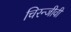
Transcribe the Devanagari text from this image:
चिरन्जीवी